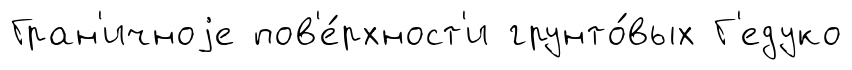
Гран'ичноjе пов'е́рхност'и грунто́вых Г'едуко